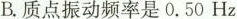
B.质点振动频率是 0.50 Hz